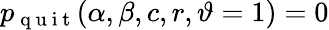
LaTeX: p_{\mathrm{~q~u~i~t~}}(\alpha,\beta,c,r,\vartheta=1)=0